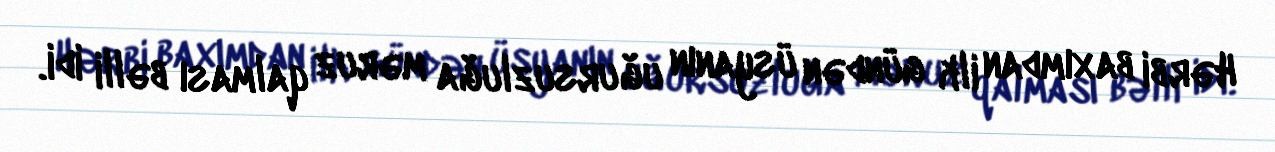
Hərbi baxımdan ilk gündən üsyanın uğursuzluğa məruz qalması bəlli idi.